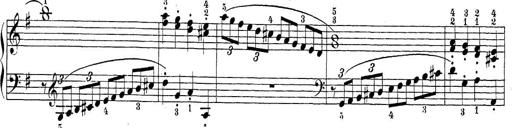
Title: Sonatina Album
Composer: Louis KÃ¶hler